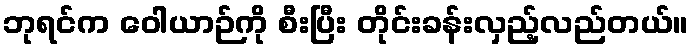
ဘုရင်က ဝေါယာဉ်ကို စီးပြီး တိုင်းခန်းလှည့်လည်တယ်။